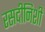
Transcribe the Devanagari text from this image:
रसदीनिशी